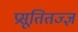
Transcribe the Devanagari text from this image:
प्रसूतितज्‍ज्ञ